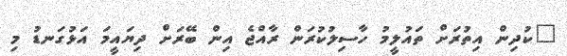
"ކުދިން އިތުރަށް ތައުލީމު ހާސިލުކުރަން ރާއްޖެ އިން ބޭރަށް ދިޔައީމަ އަޅުގަނޑު މި